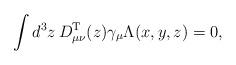
LaTeX: \begin{align*}\int d^3z\,D_{\mu \nu}^{\rm T}(z) \gamma_\mu \Lambda(x,y,z) = 0,\end{align*}